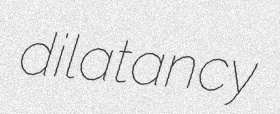
dilatancy